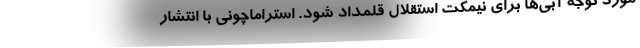
مورد توجه ‌آبی‌ها برای نیمکت استقلال قلمداد شود. استراماچونی با انتشار